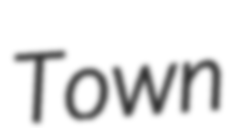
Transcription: Town